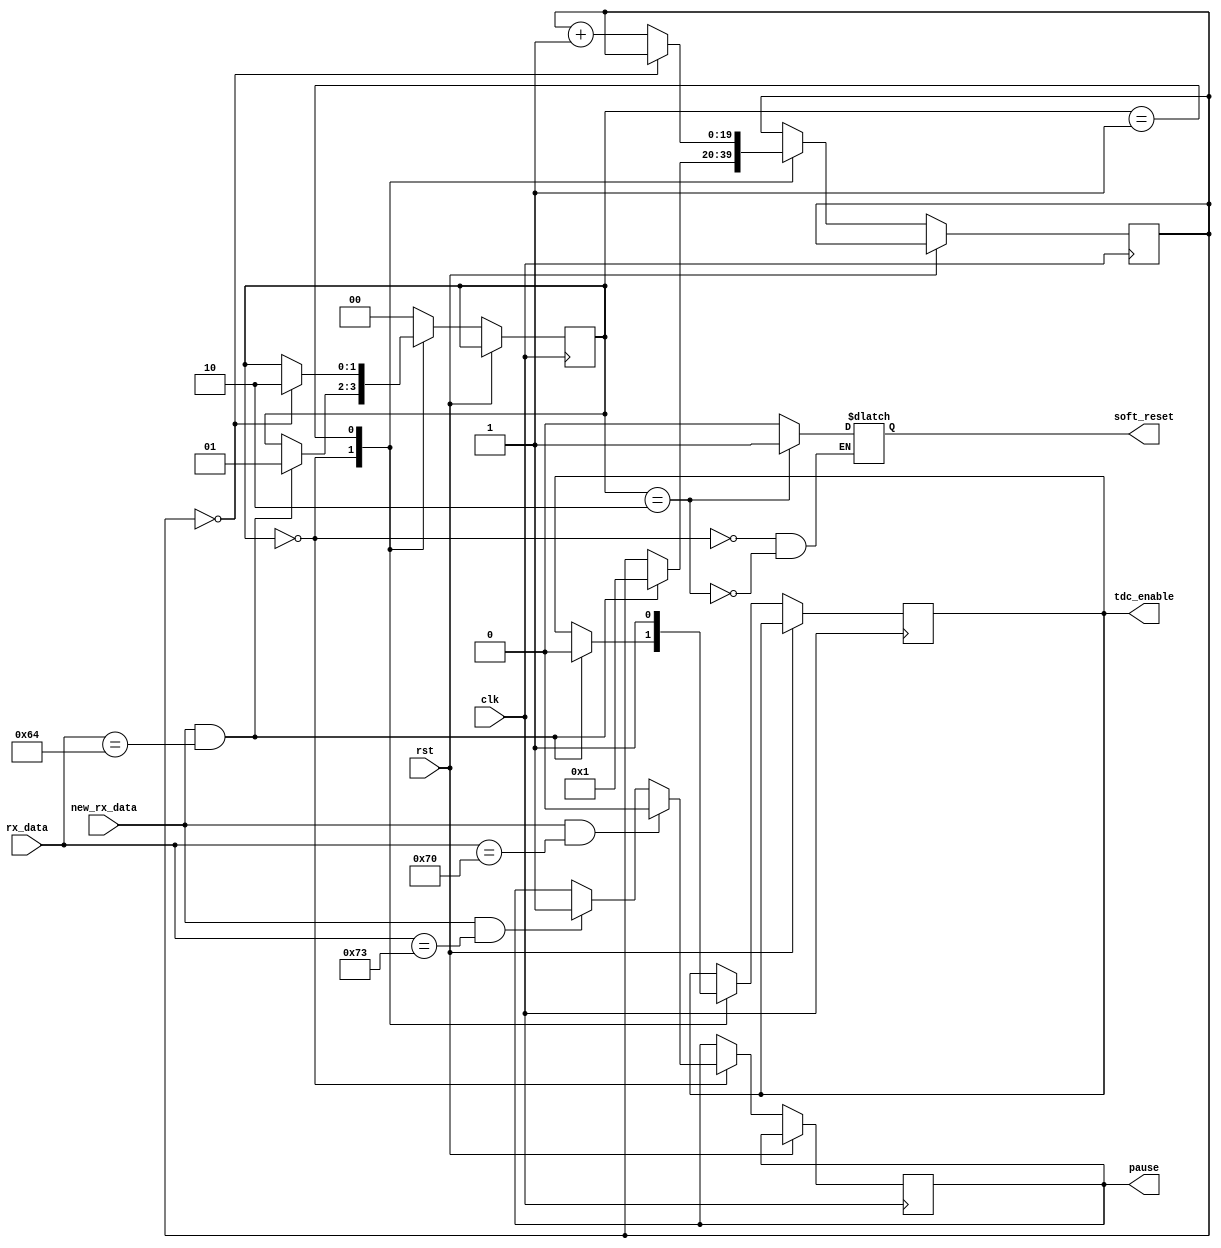
module main_control (
    // INPUT
    input clk,
    input rst,
    input [7:0] rx_data,
    input new_rx_data,
    // OUTPUT
    output tdc_enable, // used after powe_on, from LOW to HIGH to TDC
    output soft_reset, // flag to make TDC soft reset
    output pause
  );


  localparam  STATE_SIZE = 2,
  IDLE = 2'd0,
  ENABLE_HIGH = 2'd1,
  SOFT_RESET = 2'd2;
  reg [STATE_SIZE-1:0] state_d, state_q;

  reg play_d, play_q;
  reg pause_d, pause_q=1'b0;
  reg soft_reset;
  reg tdc_enable_d, tdc_enable_q;
  reg [19:0] countr_d, countr_q; // to count ud to 2ms approx, 1.7ms is needed for booting TDC

  assign tdc_enable = tdc_enable_q;
  assign pause = pause_q;

  /* Combinational Logic */
  always @* begin
  pause_d = pause_q;  
  tdc_enable_d = tdc_enable_q;
  countr_d = countr_q;
  state_d = state_q;

    case (state_q)
      IDLE: begin
        soft_reset=1'b0;
        if (new_rx_data && rx_data == "d") begin
          tdc_enable_d=1'b0;
          state_d = ENABLE_HIGH;
          countr_d = 20'd1;
        end 
        if (new_rx_data && rx_data == "s") begin
          pause_d=1'b1;
        end 
        if (new_rx_data && rx_data == "p") begin
          pause_d=1'b0;
        end
      end // IDLE

      ENABLE_HIGH: begin
        tdc_enable_d = 1'b1;
        if (countr_q==20'd0) begin // time required ENABLE LOW-HIGH is ~2ms. we are waiting 20 ms
          state_d = SOFT_RESET;
        end else begin
          countr_d = countr_q + 1'b1;
        end
      end // ENABLE_HIGH

      SOFT_RESET: begin
        soft_reset=1'b1;
        state_d = IDLE;
      end // SOFT_RESET

      default: state_d = IDLE;
    endcase

  end // always
  

  /* Sequential Logic */
  always @(posedge clk) begin
    if (rst) begin
      // Add flip-flop reset values here
    end else begin
      // Add flip-flop q <= d statements here
      tdc_enable_q <= tdc_enable_d;
      countr_q <= countr_d;
      state_q <= state_d;
      pause_q <= pause_d;
    end
  end
  
endmodule